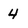
Character: 4